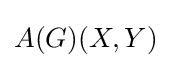
A(G)(X,Y)